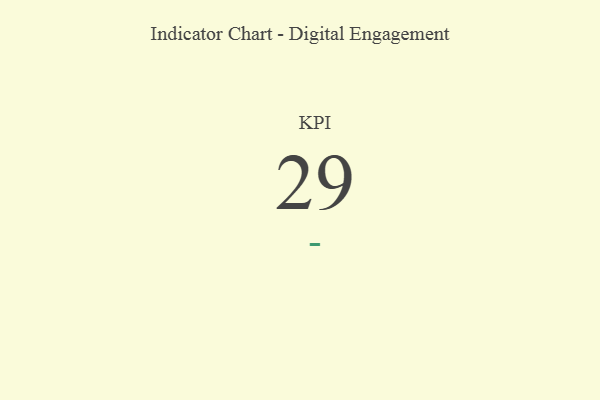
{"axis": {"x": "KPI", "y": "Value"}, "legend": [""], "data": [{"x": "KPI", "y": 29, "type": ""}]}